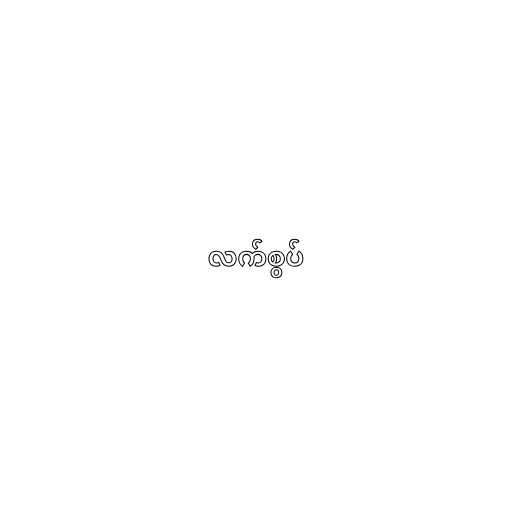
လက်စွပ်